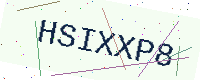
Text: HSIXXP8